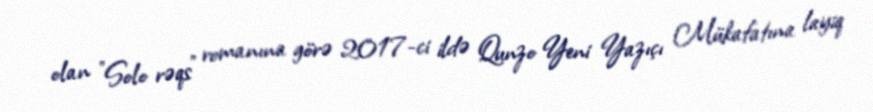
olan "Solo rəqs" romanına görə 2017-ci ildə Qunzo Yeni Yazıçı Mükafatına layiq